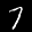
Label: 7